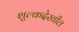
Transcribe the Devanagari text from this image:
शुल्कदेखील